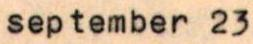
september 23